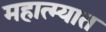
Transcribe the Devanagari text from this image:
महात्म्यात